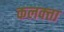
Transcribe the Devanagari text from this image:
कलक्‍त्ता